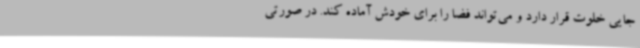
جایی خلوت قرار دارد و می‌تواند فضا را برای خودش آماده کند. در صورتی